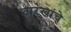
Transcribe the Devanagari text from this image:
तारखांचे